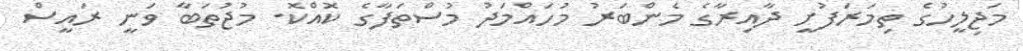
މަޖިލީހުގެ ތިމަރަފުށީ ދާއިރާގެ މެންބަރު މުހައްމަދު މުސްތަފާގެ ކޮއްކޮ. މުޖުތަބާ ވަނީ ރައީސް